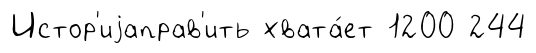
Истор'иjаправ'ить хвата́ет 1200 244